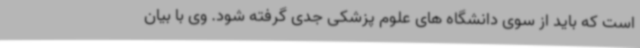
است که باید از سوی دانشگاه های علوم پزشکی جدی گرفته شود. وی با بیان